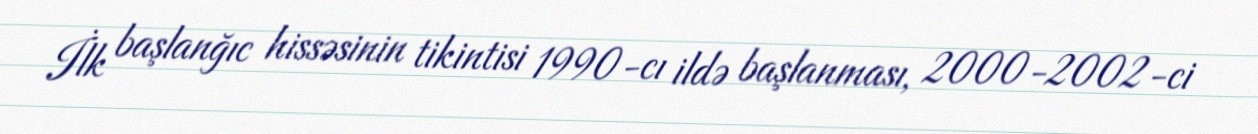
İlk başlanğıc hissəsinin tikintisi 1990-cı ildə başlanması, 2000-2002-ci